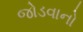
જોડવાનો